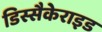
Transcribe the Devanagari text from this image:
डिस्सैकेराइड